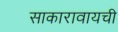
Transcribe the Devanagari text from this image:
साकारावायची